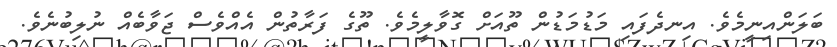
ބަލަންއިނީމެވެ. އިނދެފައި މަޑުމަޑުން ތޫއަށް ގޮވާލީމެވެ. ތޫގެ ފަރާތުން އެއްވެސް ޖަވާބެއް ނުލިބުނެވެ.